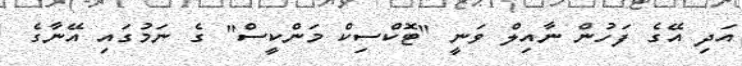
އަދި އޭގެ ފަހުން ނާއިލް ވަނީ "ޓޮކްސިކް މަންކީސް" ގެ ނަމުގައި އޭނާގެ